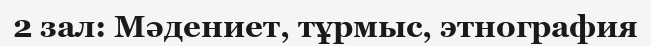
2 зал: Мәдениет, тұрмыс, этнография